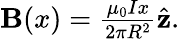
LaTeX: \begin{array}{r}{\mathbf{B}(x)=\frac{\mu_{0}Ix}{2\pi R^{2}}\hat{\mathbf{z}}.}\end{array}